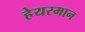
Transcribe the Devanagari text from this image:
हेयरमान